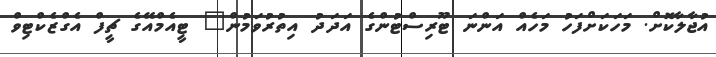
އުޖާލާކޮށް. މަހަކަށްފަހު މަހެއް އަންނަ ޓޫރިސްޓުންގެ އަދަދު އިތުރުވަމުން" ޓީއެމްއޭގެ ޗީފް އެގްޒެކްޓިވް